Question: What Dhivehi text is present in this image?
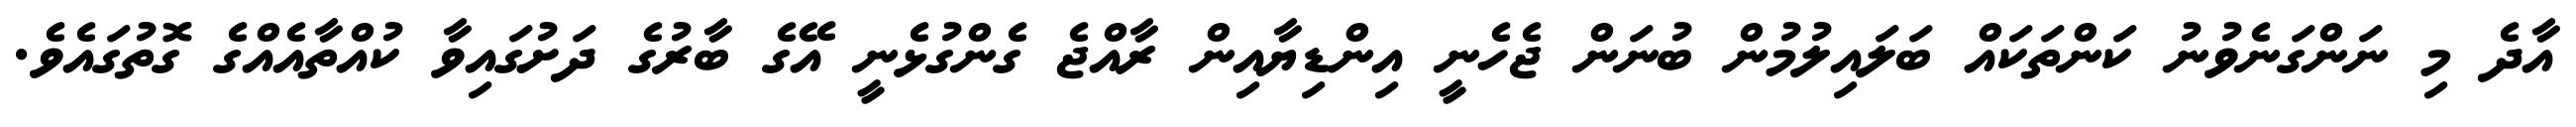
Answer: އާދެ މި ނަންގަނެވުނު ކަންތަކައް ބަލައިލުމުން ބުނަން ޖެހެނީ އިންޑިޔާއިން ރާއްޖެ ގެންގުޅެނީ އޭގެ ބާރުގެ ދަށުގައިވާ ކުއްތާއެއްގެ ގޮތުގައެވެ.